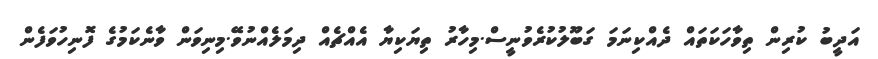
އަދީބު ކުރިން ތިވާހަކަތައް ދެއްކިނަމަ ގަބޫލުކުރެވުނީސް.މިހާރު ތިޔަކިޔާ އެއްޗެއް ދިމަލެއްނުވޭ.މިނިވަން ވާނެކަމުގެ ފޮނިހުވަފެން